65_HS1-834228961_62-HQ-83894_Section_2
Agency: FBI
Page 191
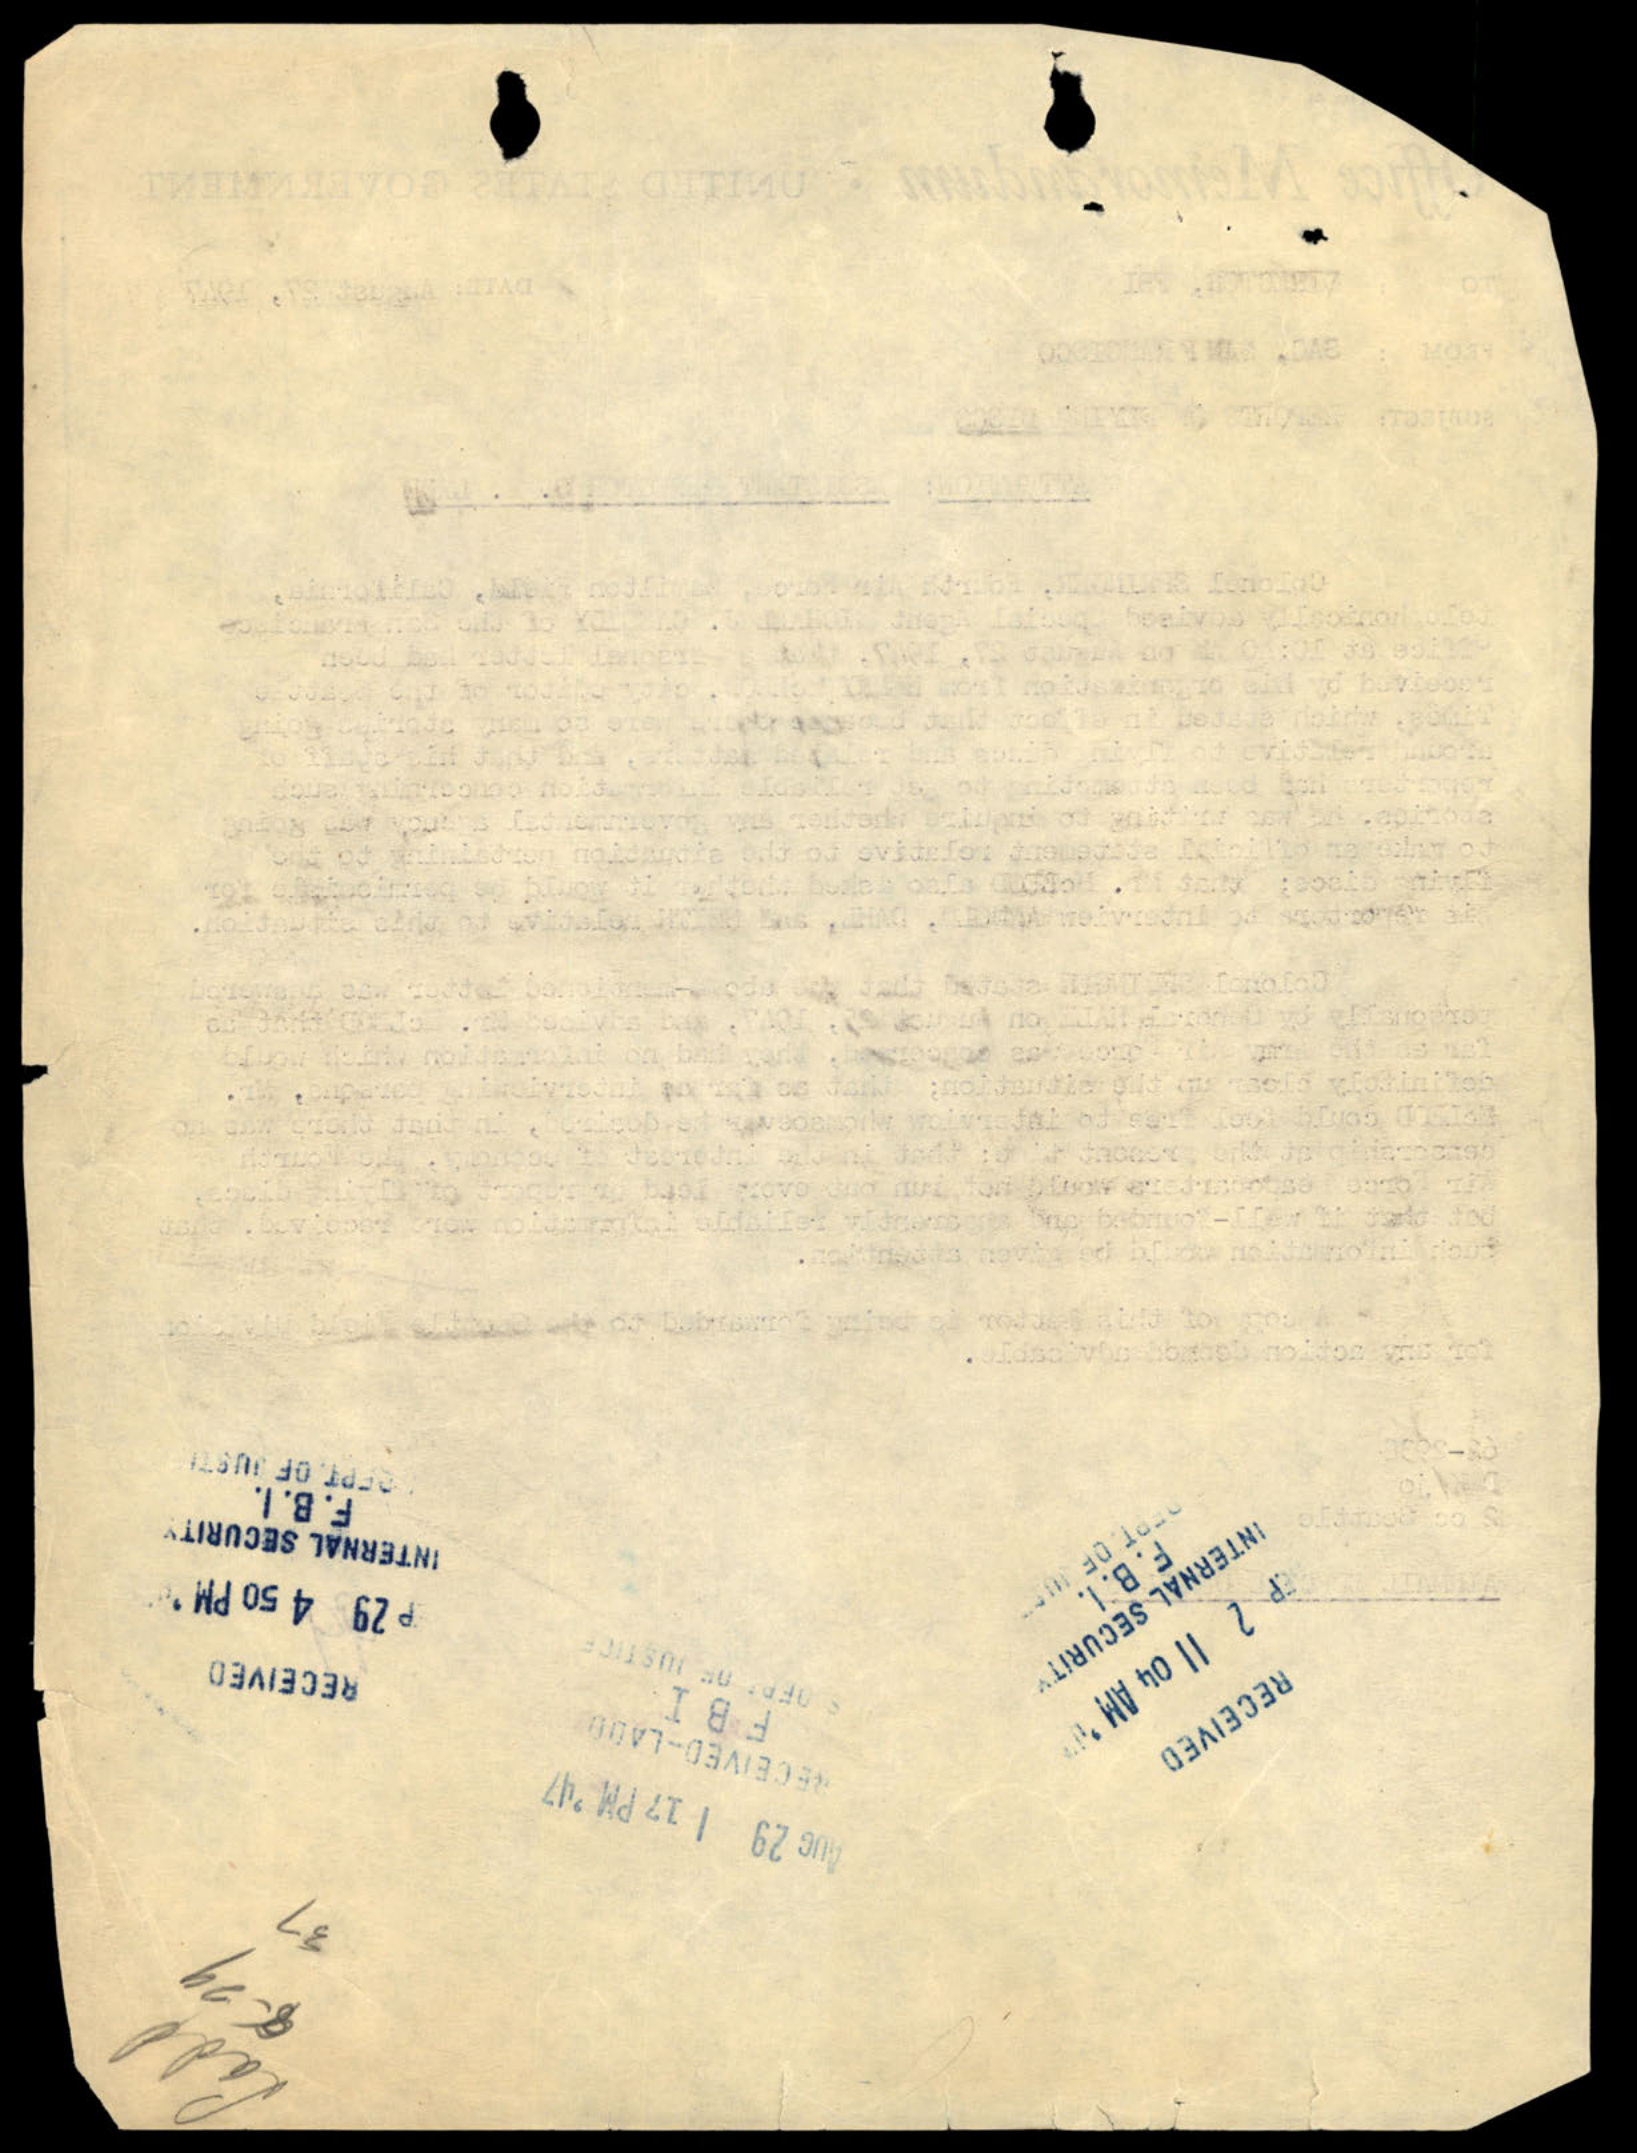